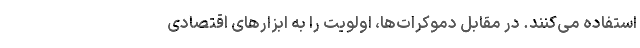
استفاده می­کنند. در مقابل دموکرات­ها، اولویت را به ابزارهای اقتصادی